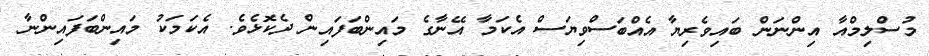
މުސްލިމްއާ އިންނަން ބައިވެރިޔާ އެއްބަސްވިޔަސް އެކަމާ އޭނާގެ މައިންބަފައިން ދެކޮޅެވެ. އެކަމަކު މައިންބަފައިންނާ